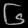
Digit: ၆